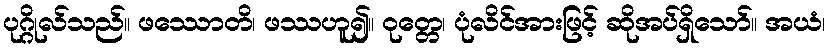
ပုဂ္ဂိုလ်သည်။ ဖဿောတိ၊ ဖဿဟူ၍။ ဝုတ္တေ၊ ပုံလိင်အားဖြင့် ဆိုအပ်ရှိသော်။ အယံ၊